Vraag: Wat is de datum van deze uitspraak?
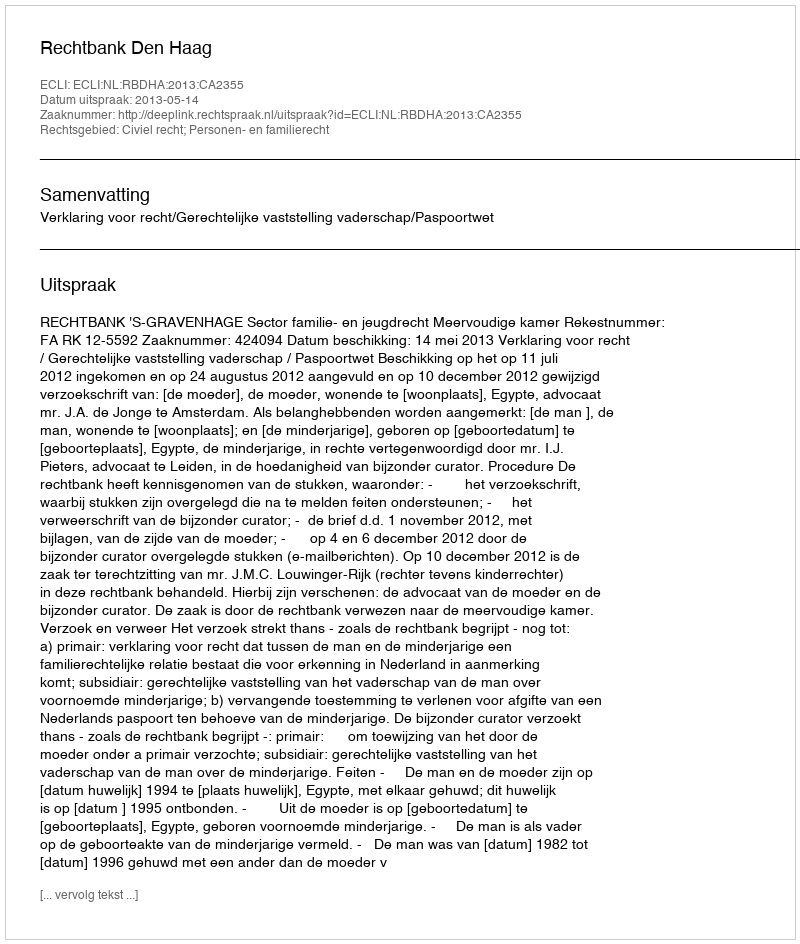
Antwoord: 2013-05-14